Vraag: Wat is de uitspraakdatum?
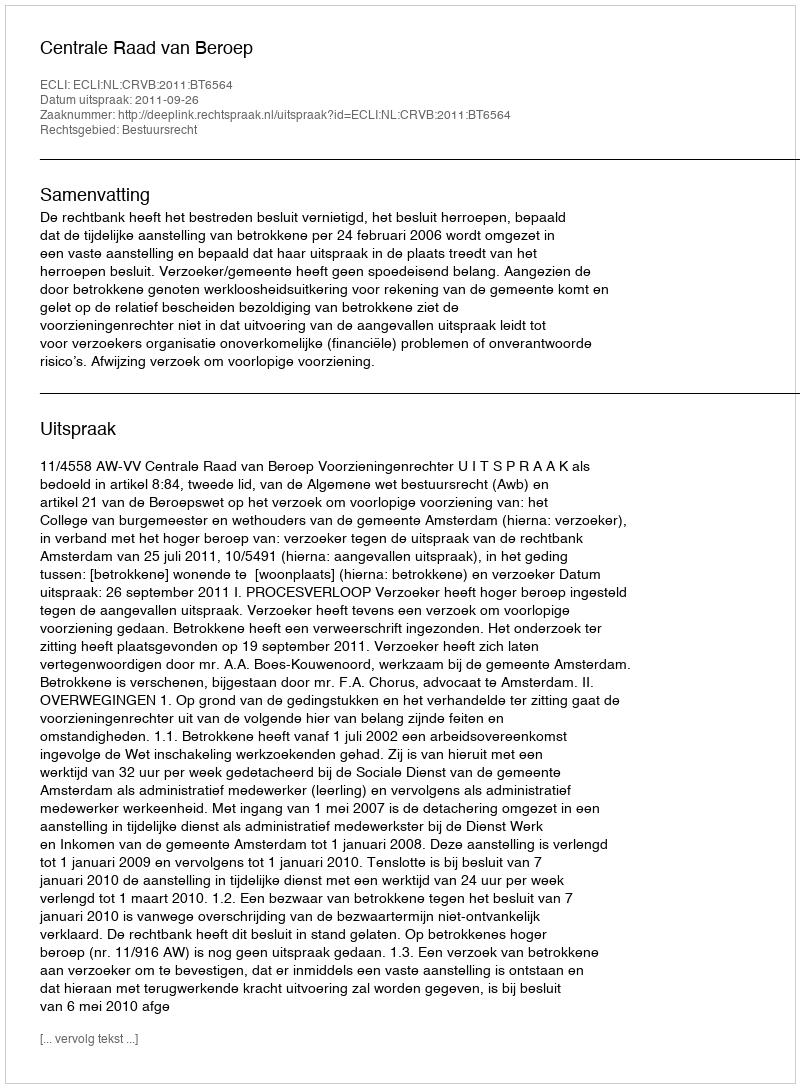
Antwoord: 2011-09-26